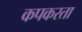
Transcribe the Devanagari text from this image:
कपकरता